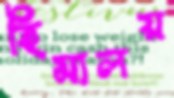
হিমালয়